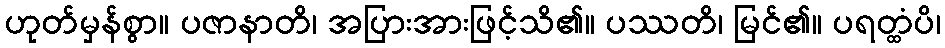
ဟုတ်မှန်စွာ။ ပဇာနာတိ၊ အပြားအားဖြင့်သိ၏။ ပဿတိ၊ မြင်၏။ ပရတ္ထံပိ၊